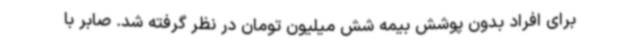
برای افراد بدون پوشش بیمه شش میلیون تومان در نظر گرفته شد. صابر با